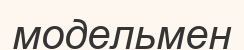
модельмен